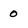
Character: O